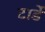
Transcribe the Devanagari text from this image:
टार्डे